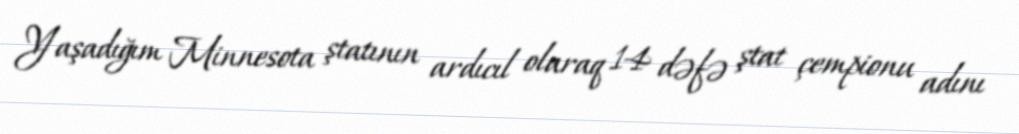
Yaşadığım Minnesota ştatının ardıcıl olaraq 14 dəfə ştat çempionu adını